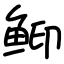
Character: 䲟